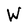
Character: W